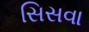
સિસવા